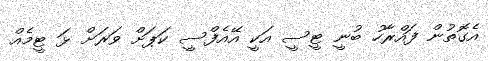
އެގޮތުން ފައްރާހު ބުނީ ޓީސީ އަކީ އޭއެފްސީ ކަޕަށް ވަރަށް ޅަ ޓީމެއް